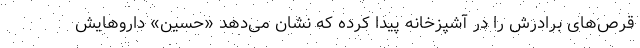
قرص‌های برادرش را در آشپزخانه پیدا کرده که نشان می‌دهد «حسین» داروهایش